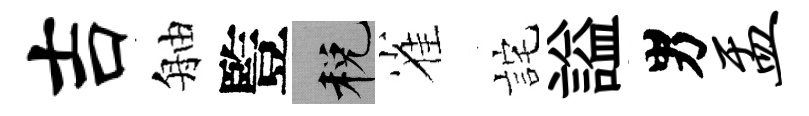
吉舳䜿税雀詫謚男盂